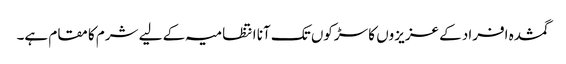
گمشدہ افراد کے عزیزوں کا سڑکوں تک آنا انتظامیہ کے لیے شرم کا مقام ہے۔